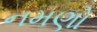
નમણો